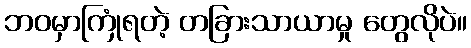
ဘဝမှာကြုံရတဲ့ တခြားသာယာမှု တွေလိုပဲ။